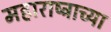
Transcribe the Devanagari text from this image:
महाराष्‍ट्राच्या